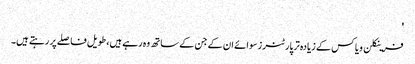
'
فرینکلن ویاکس کے زیادہ تر پارٹنرز سوائے ان کے جن کے ساتھ وہ رہے ہیں، طویل فاصلے پر رہتے ہیں۔